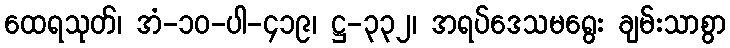
ထေရသုတ်၊ အံ-၁၀-ပါ-၄၁၉၊ ဋ္ဌ-၃၃၂၊ အရပ်ဒေသမရွေး ချမ်းသာစွာ